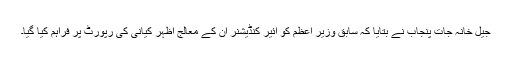
جیل خانہ جات پنجاب نے بتایا کہ سابق وزیر اعظم کو ائیر کنڈیشنر ان کے معالج اظہر کیانی کی رپورٹ پر فراہم کیا گیا۔